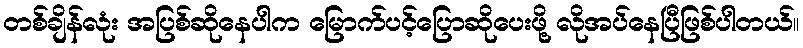
တစ်ချိန်လုံး အပြစ်ဆိုနေပါက မြောက်ပင့်ပြောဆိုပေးဖို့ လိုအပ်နေပြီဖြစ်ပါတယ်။